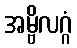
အမ္ဗိလဂ္ဂံ